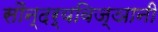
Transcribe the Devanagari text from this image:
सौन्दर्यविज्ञानी